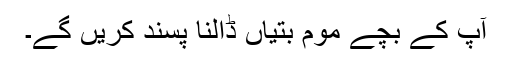
آپ کے بچے موم بتیاں ڈالنا پسند کریں گے۔